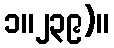
၁။၂၃၉)။